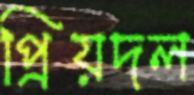
প্রিয়দল